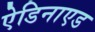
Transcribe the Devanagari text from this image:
ऐडिनाएड